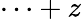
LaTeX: \cdots+z